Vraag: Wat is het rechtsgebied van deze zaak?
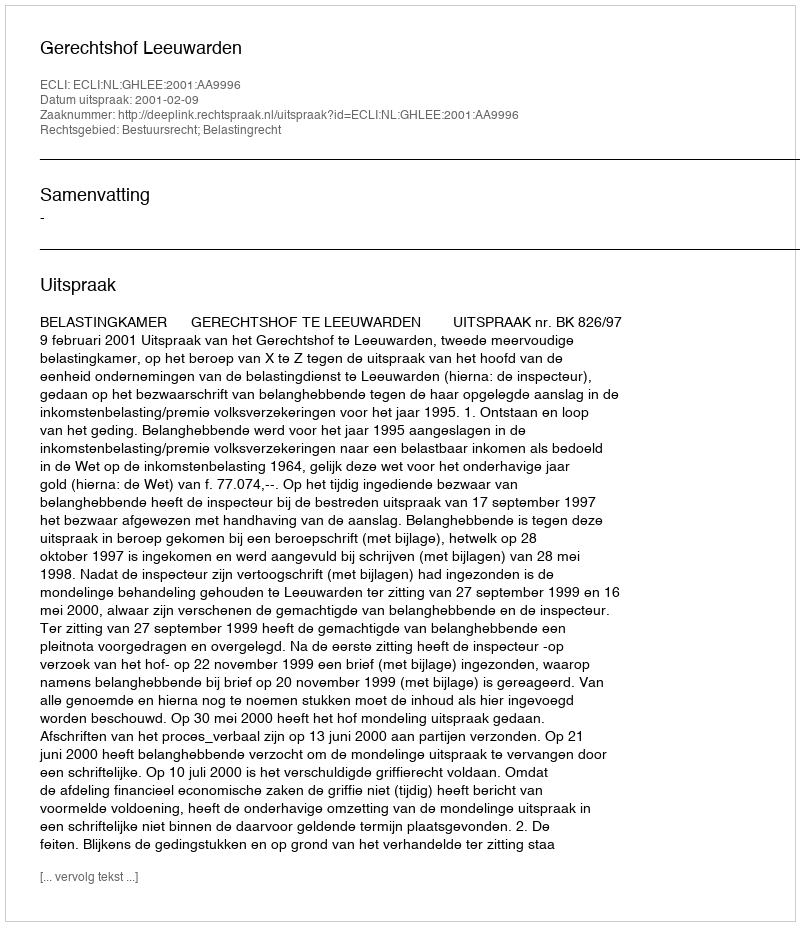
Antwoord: Bestuursrecht; Belastingrecht